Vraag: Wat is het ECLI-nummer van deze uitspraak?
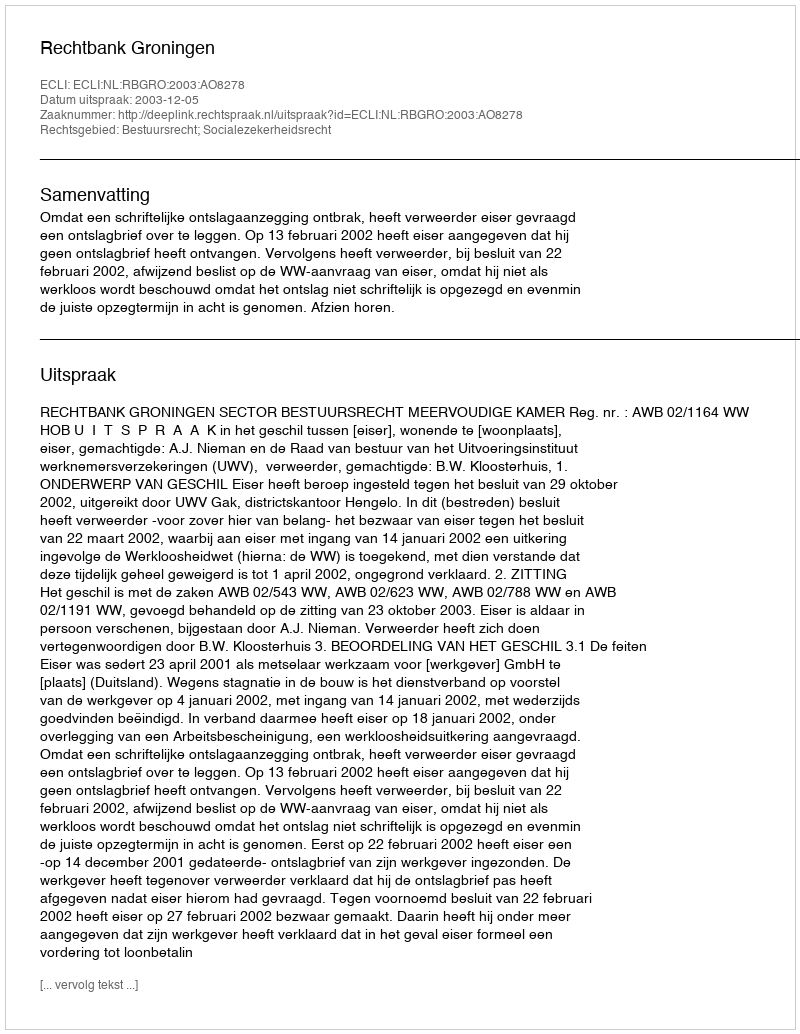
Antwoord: ECLI:NL:RBGRO:2003:AO8278